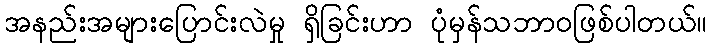
အနည်းအများပြောင်းလဲမှု ရှိခြင်းဟာ ပုံမှန်သဘာဝဖြစ်ပါတယ်။